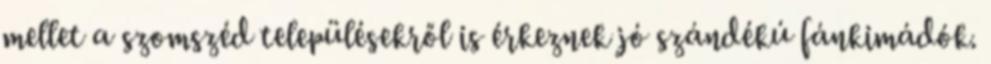
mellet a szomszéd településekről is érkeznek jó szándékú fánkimádók.